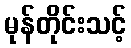
မုန်တိုင်းသင့်